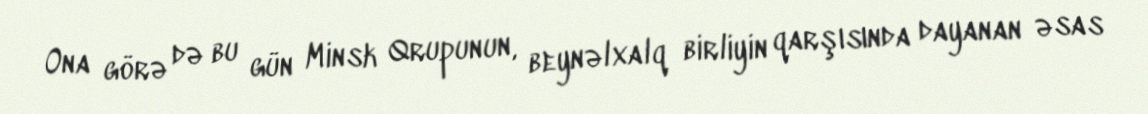
Ona görə də bu gün Minsk Qrupunun, beynəlxalq birliyin qarşısında dayanan əsas